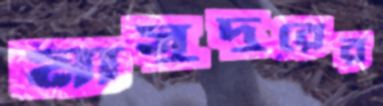
মাসুদুরের